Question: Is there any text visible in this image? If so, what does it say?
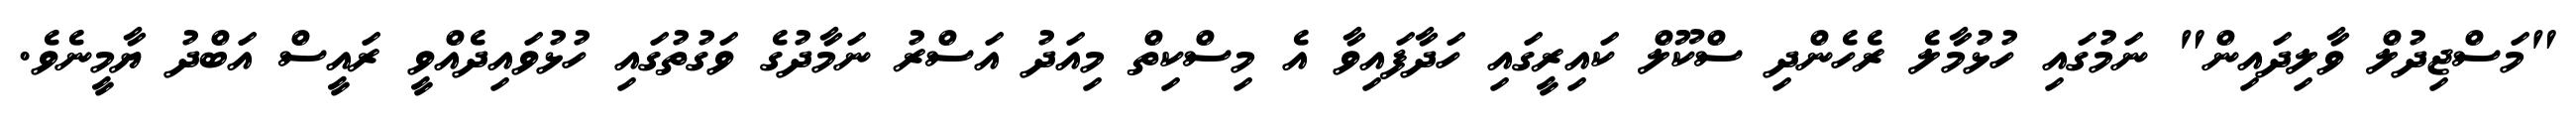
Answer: "މަސްޖިދުލް ވާލިދައިން" ނަމުގައި ހުޅުމާލެ ރެހެންދި ސްކޫލް ކައިރީގައި ހަދާފައިވާ އެ މިސްކިތް މިއަދު އަސްރު ނަމާދުގެ ވަގުތުގައި ހުޅުވައިދެއްވީ ރައީސް އަބްދު ޔާމީނެވެ.